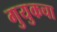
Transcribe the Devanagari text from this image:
गुयुकचा